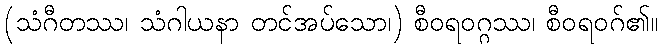
(သံဂီတဿ၊ သံဂါယနာ တင်အပ်သော၊) စီဝရဝဂ္ဂဿ၊ စီဝရဝဂ်၏။